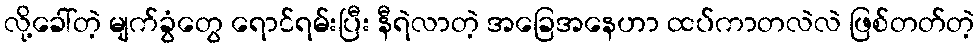
လို့ခေါ်တဲ့ မျက်ခွံတွေ ရောင်ရမ်းပြီး နီရဲလာတဲ့ အခြေအနေဟာ ထပ်ကာတလဲလဲ ဖြစ်တတ်တဲ့